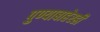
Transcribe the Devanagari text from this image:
पुण्याबाहेरही